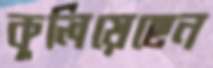
কুলিয়েছেন